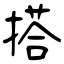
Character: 搭